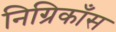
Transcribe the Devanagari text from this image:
निग्रिकाँस